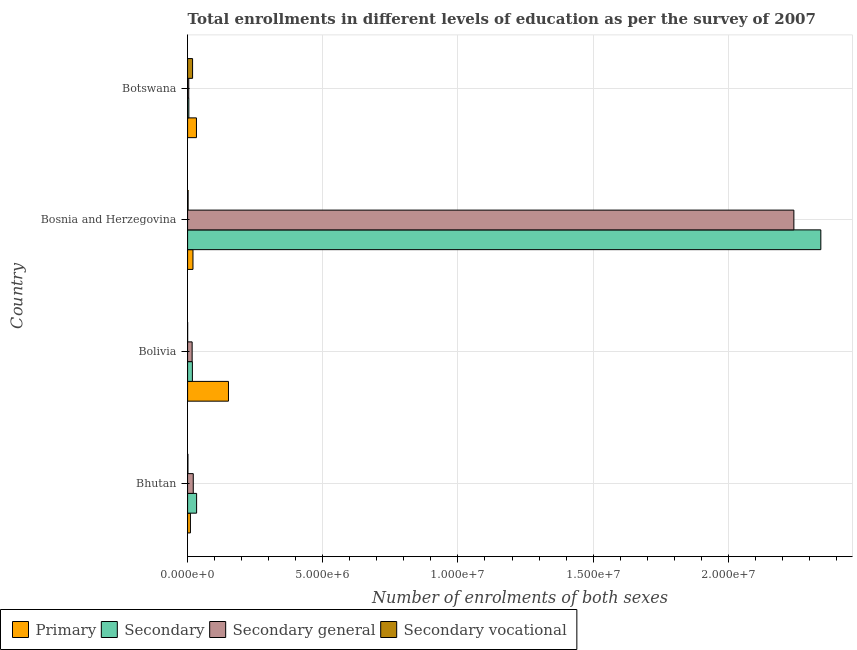
| Country | Primary | Secondary | Secondary general | Secondary vocational |
 | --- | --- | --- | --- | --- |
 | Bhutan | 1.04e+05 | 3.33e+05 | 2.1e+05 | 1.26e+04 |
 | Bolivia | 1.51e+06 | 1.78e+05 | 1.68e+05 | 1.61e+03 |
 | Bosnia and Herzegovina | 1.99e+05 | 2.34e+07 | 2.24e+07 | 1.89e+04 |
 | Botswana | 3.28e+05 | 4.62e+04 | 4.29e+04 | 1.84e+05 |